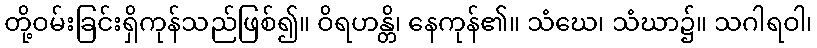
တို့ဝမ်းခြင်းရှိကုန်သည်ဖြစ်၍။ ဝိရဟန္တိ၊ နေကုန်၏။ သံဃေ၊ သံဃာ၌။ သဂါရဝါ၊